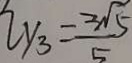
y _ { 3 } = \frac { 2 \sqrt { 5 } } { 5 }